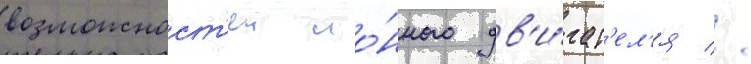
возможност'еи ио́нного дв'и́гат'ел'я //